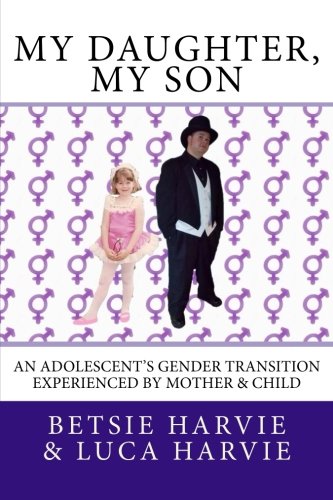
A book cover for My Daughter, My Son: An Adolescent's Gender Transition Experienced by Mother & Child; Betsie Harvie; Gay & Lesbian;